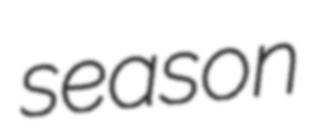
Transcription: season